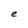
Character: e